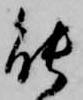
能